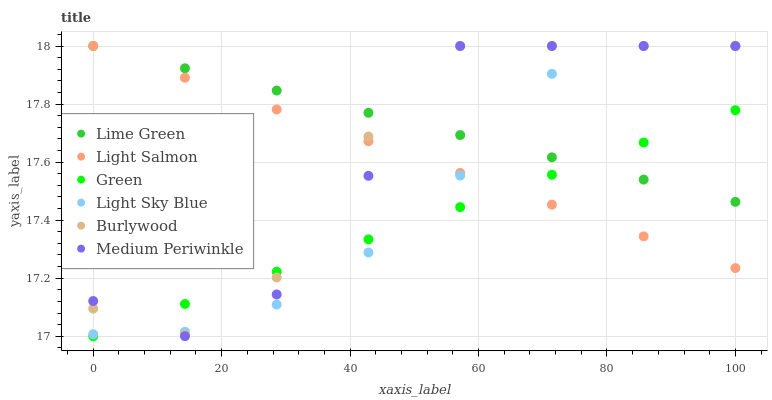
| xaxis_label | Lime Green | Light Salmon | Green | Light Sky Blue | Burlywood | Medium Periwinkle |
 | --- | --- | --- | --- | --- | --- | --- |
 | 0 | 18 | 18 | 17 | 17 | 17.1 | 17.1 |
 | 14.3 | 17.9 | 17.9 | 17.1 | 17 | 17 | 17 |
 | 28.6 | 17.8 | 17.8 | 17.2 | 17.1 | 17.2 | 17.1 |
 | 42.9 | 17.8 | 17.7 | 17.3 | 17.3 | 17.7 | 17.6 |
 | 57.1 | 17.7 | 17.6 | 17.4 | 17.6 | 18 | 18 |
 | 71.4 | 17.6 | 17.5 | 17.6 | 17.9 | 18 | 18 |
 | 85.7 | 17.5 | 17.3 | 17.7 | 18 | 18 | 18 |
 | 100 | 17.5 | 17.2 | 17.8 | 18 | 18 | 18 |